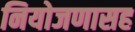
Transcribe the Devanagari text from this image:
नियोजणासह